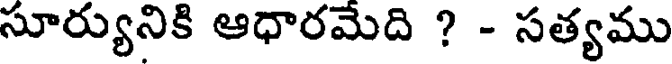
సూర్యునికి ఆధారమెది ? - సత్యము